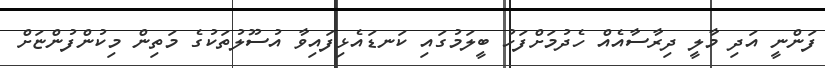
ފަންނީ އަދި މާލީ ދިރާސާއެއް ހެދުމަށްފަހު ބީލަމުގައި ކަނޑައެޅިފައިވާ އުސޫލުތަކުގެ މަތިން މިކުންފުންޏަށް